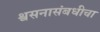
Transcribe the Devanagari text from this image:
श्वसनासंबधीचा